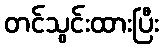
တင်သွင်းထားပြီး